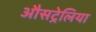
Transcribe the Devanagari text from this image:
औसट्रेलिया